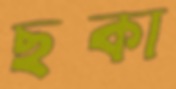
ছকা